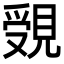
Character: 𧡓